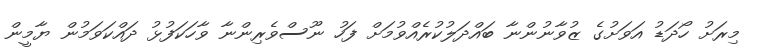
މިރަށު ހޯދަޑު އަވަށުގެ ޒުވާނުންނާ ބައްދަލުކުރެއްވުމަށް ފަހު ނޫސްވެރިންނާ ވާހަކަފުޅު ދައްކަވަމުން ޔާމީން